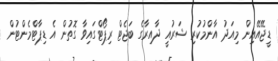
ޑީޖޭއޭއިން މިއަދު އާންމުކުރި ޝަރުއީ ދާއިރާގެ ބަޖެޓް ރިޕޯޓްގައިވާ ގޮތުން އެ ޑިޕާޓްމެންޓުން